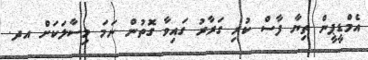
އެމްޑީޕީން ތިޔާ ފާސް ކުރި ގަރާރު ގައިވާ ގޮތުން ނަމަ މިސާލަކަށް އދ.